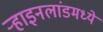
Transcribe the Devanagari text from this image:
र्‍हाइनलांडमध्ये